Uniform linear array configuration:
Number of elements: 4
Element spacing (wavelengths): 0.25
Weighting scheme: hann
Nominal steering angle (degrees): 45
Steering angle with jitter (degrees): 44.216
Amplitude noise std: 0.05
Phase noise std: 0.05

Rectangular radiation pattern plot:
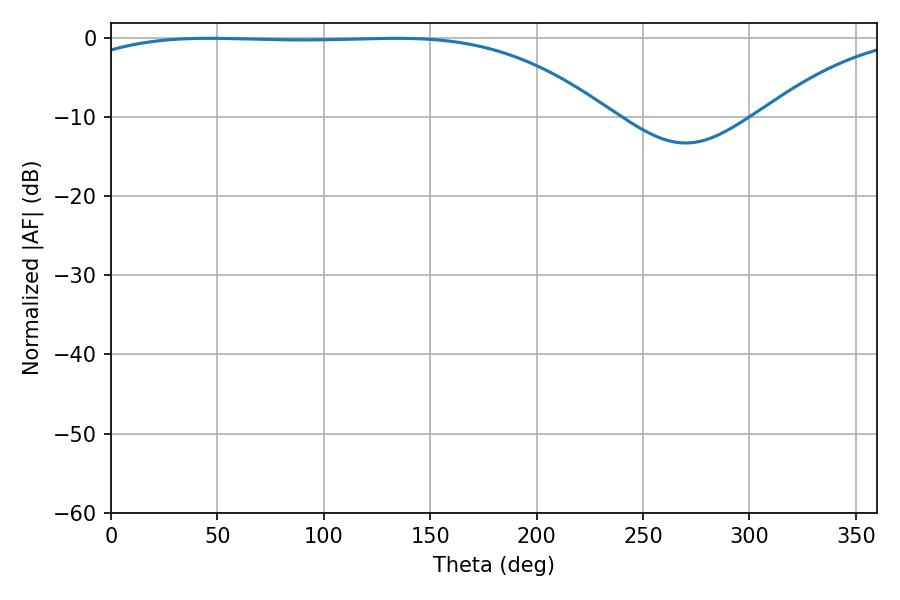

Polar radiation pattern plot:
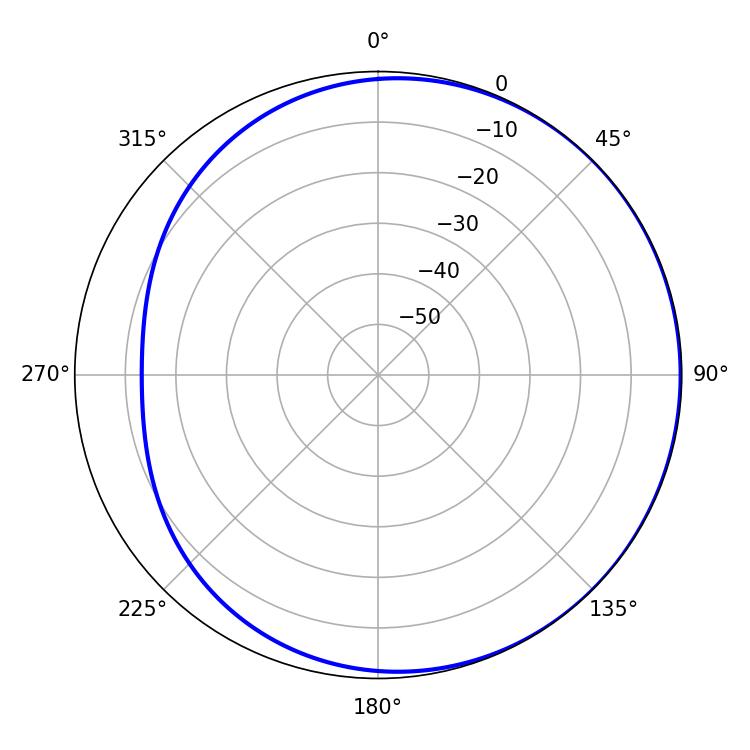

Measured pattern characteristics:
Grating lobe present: FALSE
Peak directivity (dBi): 0.9357
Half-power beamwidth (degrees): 196.02
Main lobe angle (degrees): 46.08